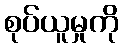
စုပ်ယူမှုကို